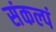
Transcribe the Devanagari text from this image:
संकल्पं